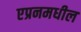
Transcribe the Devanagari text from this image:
एप्रनमधील